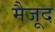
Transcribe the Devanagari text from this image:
मैजूद